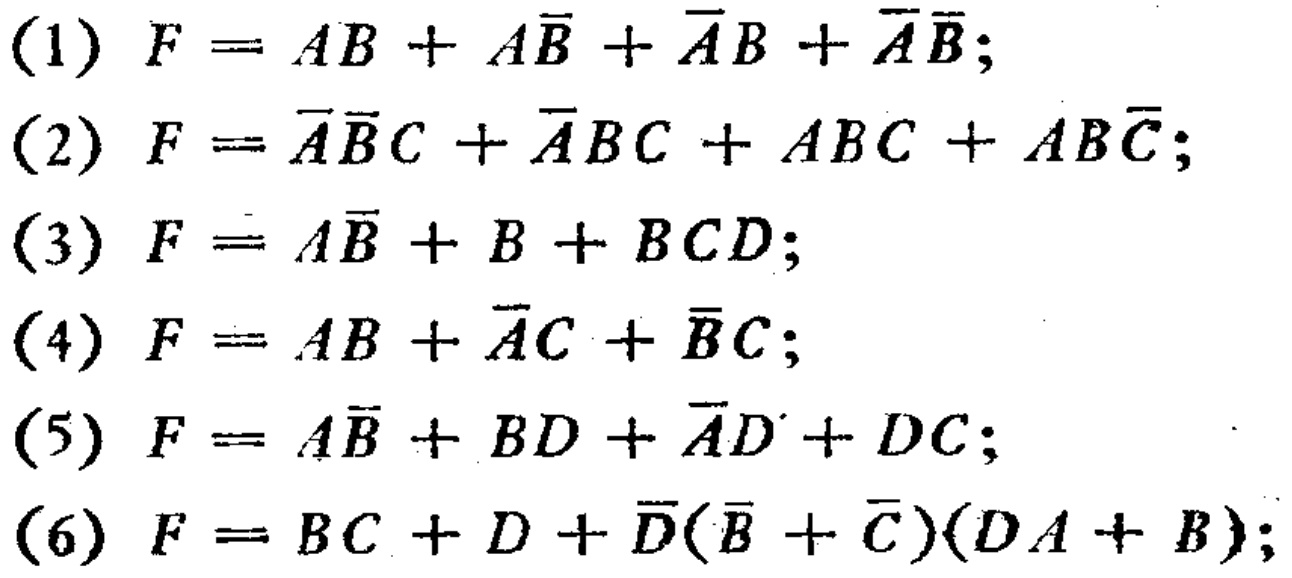
(1) \(F = AB + A\overline{B}+\overline{A}B+\overline{A}\overline{B}\);

(2) \(F = \overline{A}\overline{B}C+\overline{A}BC + ABC+AB\overline{C}\);

(3) \(F = A\overline{B}+B + BCD\);

(4) \(F = AB+\overline{A}C+\overline{B}C\);

(5) \(F = A\overline{B}+BD+\overline{A}D + DC\);

(6) \(F = BC + D+\overline{D}(\overline{B}+\overline{C})(DA + B)\);